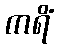
ကရိံ